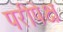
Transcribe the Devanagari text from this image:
परीपेक्ष